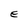
Character: e